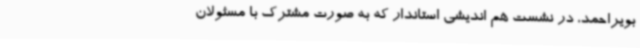
بویراحمد، در نشست هم اندیشی استاندار که به صورت مشترک با مسئولان